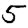
Digit: 5